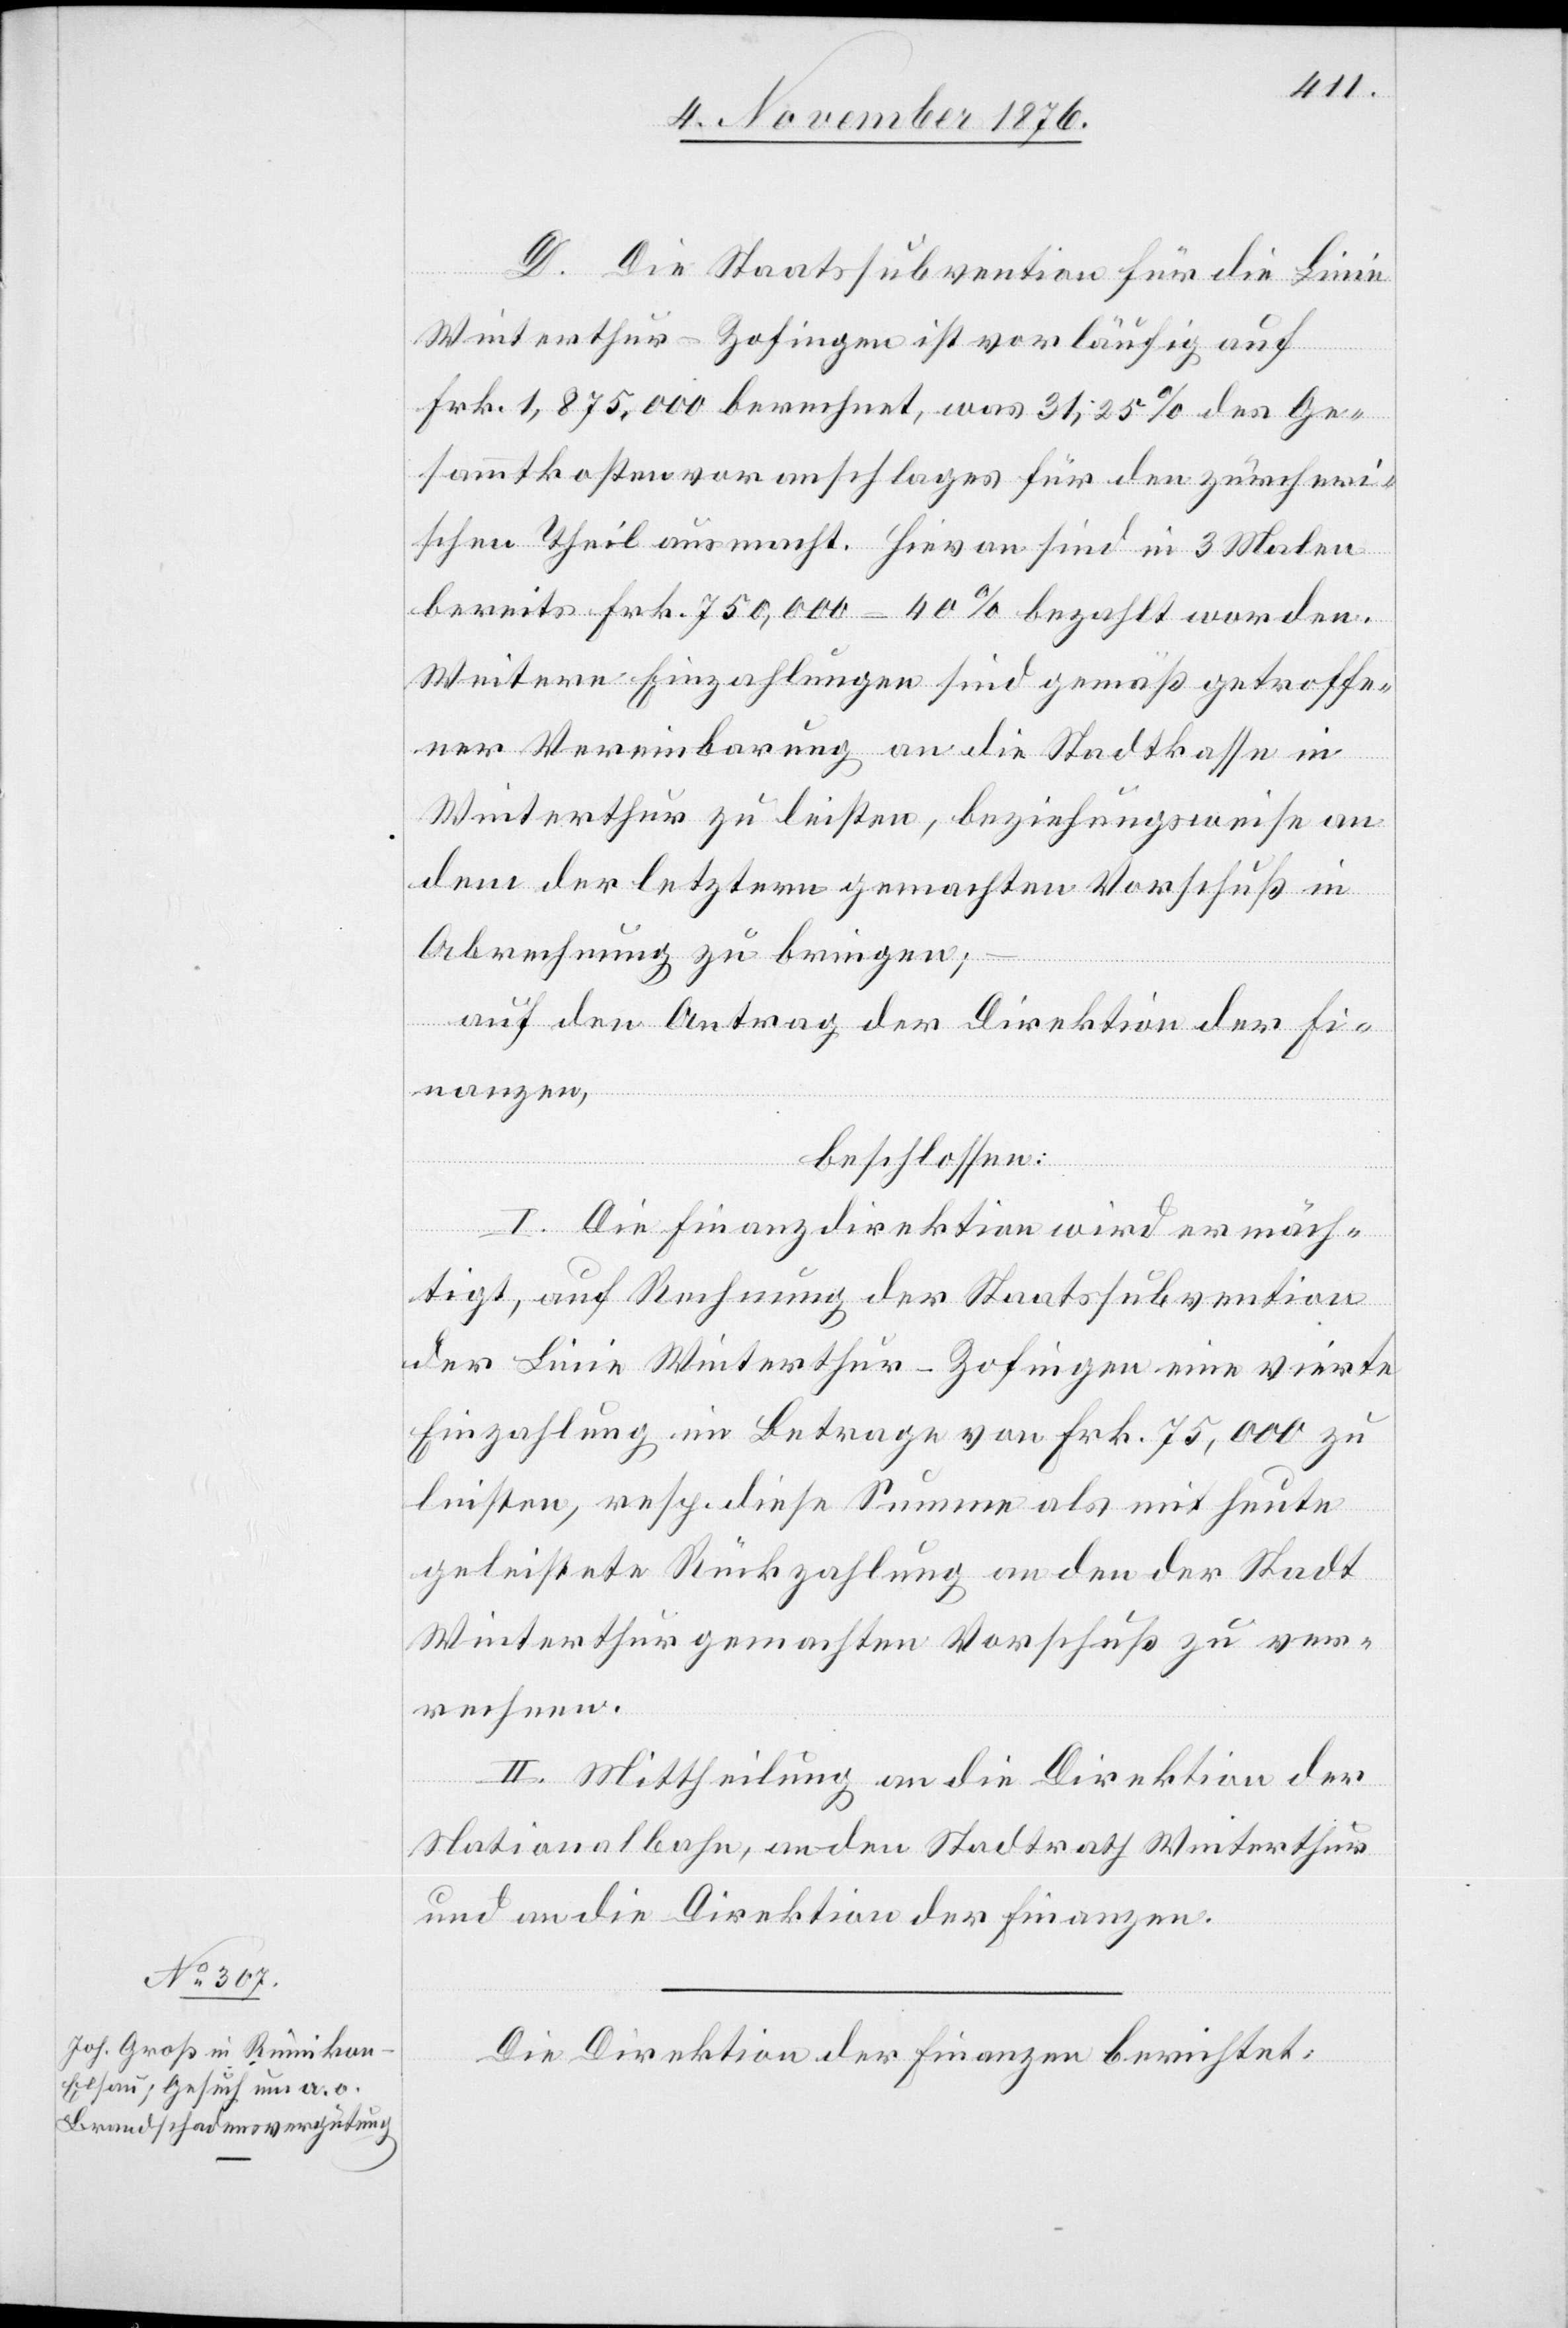
Die Direktion der Finanzen berichtet: